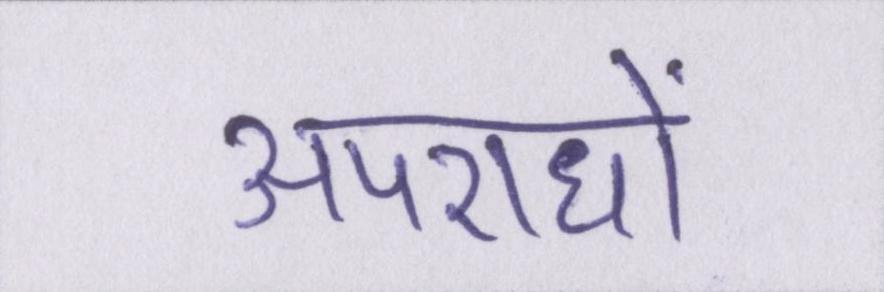
अपराधों